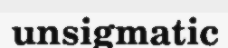
unsigmatic